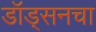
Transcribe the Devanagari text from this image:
डॉड्सनचा